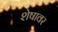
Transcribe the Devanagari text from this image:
शेषावर